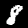
Label: 8